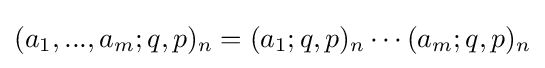
\displaystyle (a_{1},...,a_{m};q,p)_{n}=(a_{1};q,p)_{n}\cdots (a_{m};q,p)_{n}